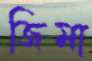
জিমা